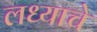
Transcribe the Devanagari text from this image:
लध्याचे